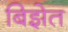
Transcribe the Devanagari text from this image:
बिझेत